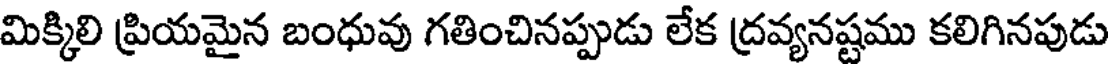
మిక్కిలి ప్రియమైన బంధువు గతించినప్పుడు లేక ద్రవ్యనష్టము కలిగినపుడు